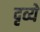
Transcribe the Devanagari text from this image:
दृव्ये